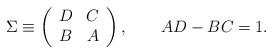
LaTeX: \begin{align*}\Sigma \equiv \left( \begin{array}{cc}D & C \\B & A \end{array} \right) , \qquad AD-BC=1 .\end{align*}